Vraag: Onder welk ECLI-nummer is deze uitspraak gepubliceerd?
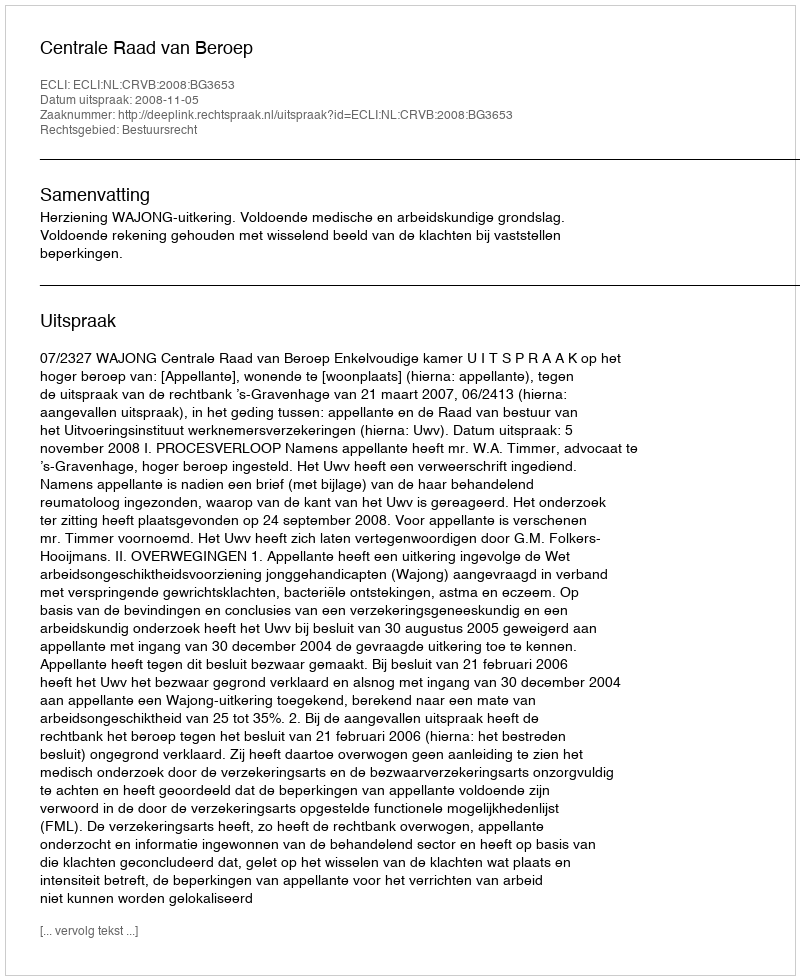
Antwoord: ECLI:NL:CRVB:2008:BG3653